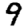
Digit: 9